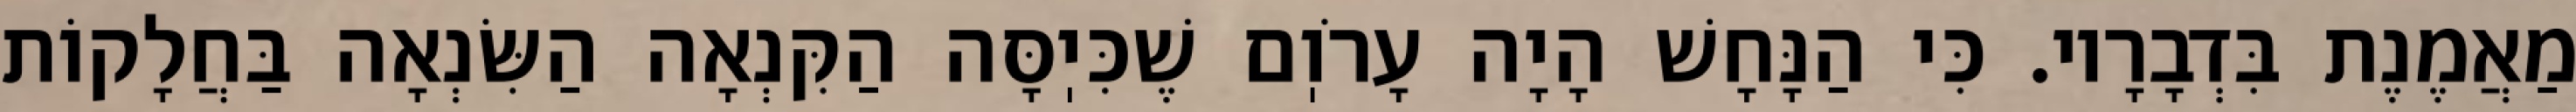
מַאֲמֶנֶת בִּדְבָרָיו. כִּי הַנָּחָשׁ הָיָה עָרֹוֽם שֶׁכִּיֽסָּה הַקִּנְאָה הַשִּׂנְאָה בַּחֲלָקוֹת